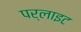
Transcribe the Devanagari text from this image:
पर्लाइट